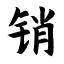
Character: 销